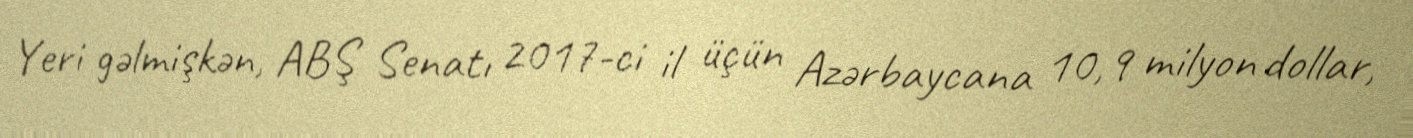
Yeri gəlmişkən, ABŞ Senatı 2017-ci il üçün Azərbaycana 10,9 milyon dollar,